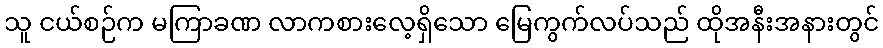
သူ ငယ်စဉ်က မကြာခဏ လာကစားလေ့ရှိသော မြေကွက်လပ်သည် ထိုအနီးအနားတွင်